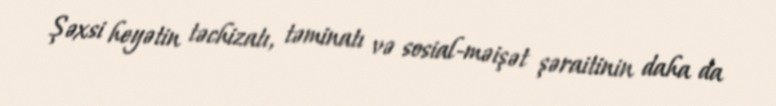
Şəxsi heyətin təchizatı, təminatı və sosial-məişət şəraitinin daha da